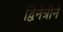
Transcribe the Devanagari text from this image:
द्विनेत्रीने